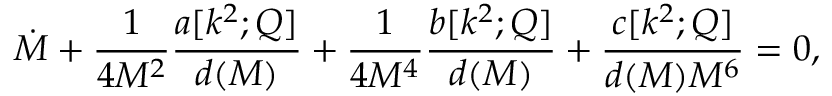
\dot { M } + \frac { 1 } { 4 M ^ { 2 } } \frac { a [ k ^ { 2 } ; Q ] } { d ( M ) } + \frac { 1 } { 4 M ^ { 4 } } \frac { b [ k ^ { 2 } ; Q ] } { d ( M ) } + \frac { c [ k ^ { 2 } ; Q ] } { d ( M ) M ^ { 6 } } = 0 ,